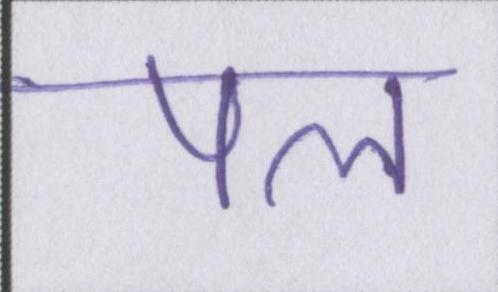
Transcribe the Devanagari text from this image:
पल